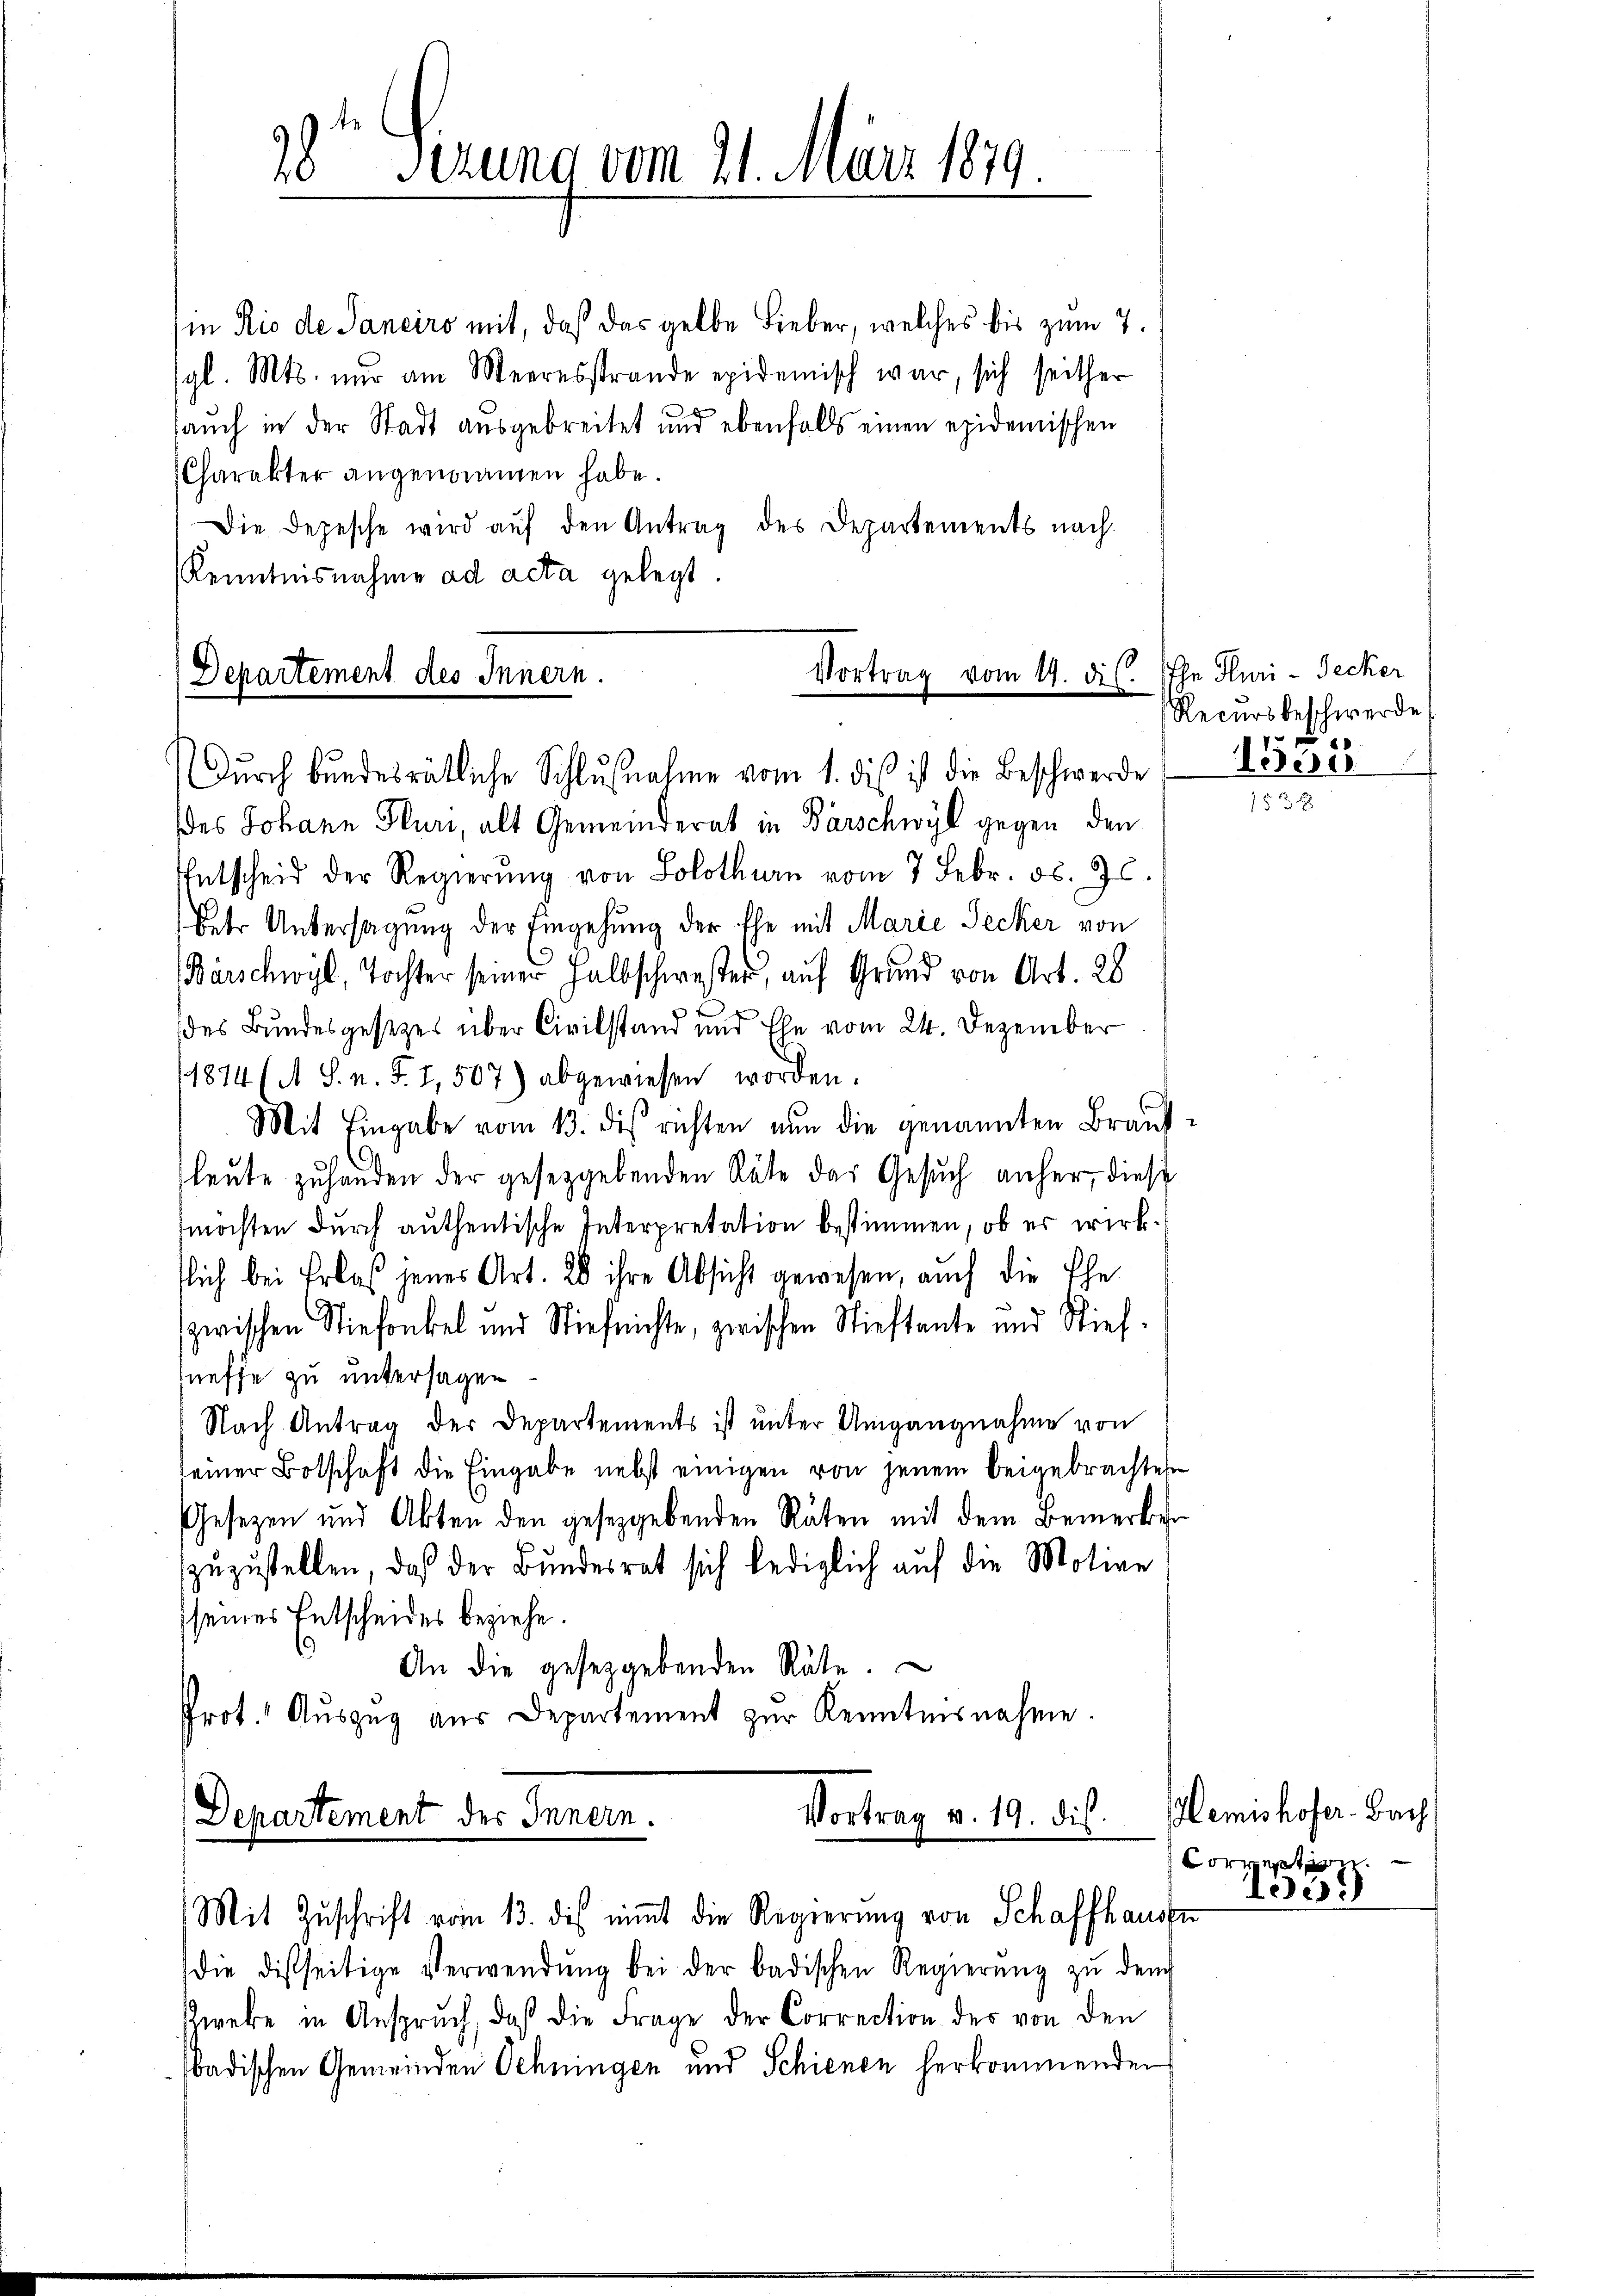
in Rio de Janeiro mit, daß das gelbe Lieber, welches bis zum 7.
gl. Mts. nur am Meeresstrande epidemisch war, sich seither
auch in der Stadt ausgebreitet und ebenfalls einen epidemischen
Charakter angenommen habe.
Die Depesche wird aŭf den Antrag des Departements nach-
Kenntnisnahme ad acta gelegt

Vortrag vom 19. ds.
Departement des Innern.
Durch bundesrätliche Schlußnahme vom 1. dieß ist die Beschwerde

28te Serung vom 21. März 1879

des Johann Fluri, alt Gemeinderat in Parschwyl gegen den
Entscheid der Regierŭng von Solothurn vom 7. Febr. d. 9.
Peter Untersagung der Eingehung der Ehe mit Marie Secker von
Bärschwyl, Tochter seiner Halbschwester, auf Grund von Art. 28
.
des Bundesgesetzes über Civilstand und Ehe vom 24. Dezember
1874 (A S. n. F. 1,507) abgewiesen worden.
Mit Eingabe vom 13. dis richten nun die genannten Brautleute zu handen der gesetzgebenden Räte das Gesuch anher, diese
möchten durch authentische Interpretation bestimmen, ob es wirksich bei Erlaß jenes Art. 20 ihre Absicht gewesen, auch die Ehe-
zwischen Stiefonkel und Stief nichte, zwischen Stieftante und Stiefsneffe zu untersagen.
Nach Antrag der Departements ist unter Umgangnahme von
seiner Botschaft die Eingabe nebst einigen von jenem beigebrachtes
Gesezen und Akten den gesetzgebenden Räten mit dem Bemerker
zuzustellen, daß der Bundesrat sich lediglich auf die Motive
seines Entscheides beziehe.
.
An die gesetzgebenden Räte.
Prot. Aŭszŭg aŭs Departement zŭr Kenntnisnahme.
Vortrag v. 19. dis.
Departement des Innern.
Mit Zuschrift vom 13. des nimmt die Regierung von Schaffhausse
die distseitige Verwendŭng bei der badischen Regierŭng zŭ dem
Zweke in Anspruch, daß die Frage der Correction des von den
badischen Gemeinden Schningen und Schienen herkommenden

Ihr Pluri - Secker
Recursbeschwerde:

1558

emishofer-Bach
t
205